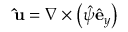
\mathbf { \hat { u } } = \nabla \times \left( \hat { \psi } \hat { \mathbf { e } } _ { y } \right)